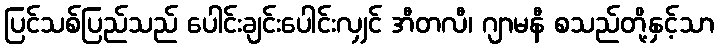
ပြင်သစ်ပြည်သည် ပေါင်းချင်းပေါင်းလျှင် အီတလီ၊ ဂျာမနီ စသည်တို့နှင့်သာ